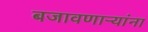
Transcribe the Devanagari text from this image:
बजावणाऱ्यांना